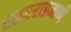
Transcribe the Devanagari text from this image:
तळघराप्रमाणे